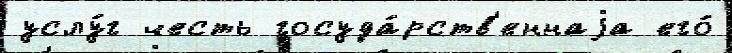
услу́г честь госуда́рств'еннаjа его́